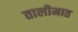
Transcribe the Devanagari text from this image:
तालीमात